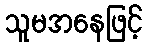
သူမအနေဖြင့်